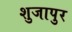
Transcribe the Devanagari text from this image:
शुजापुर